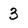
Character: 3